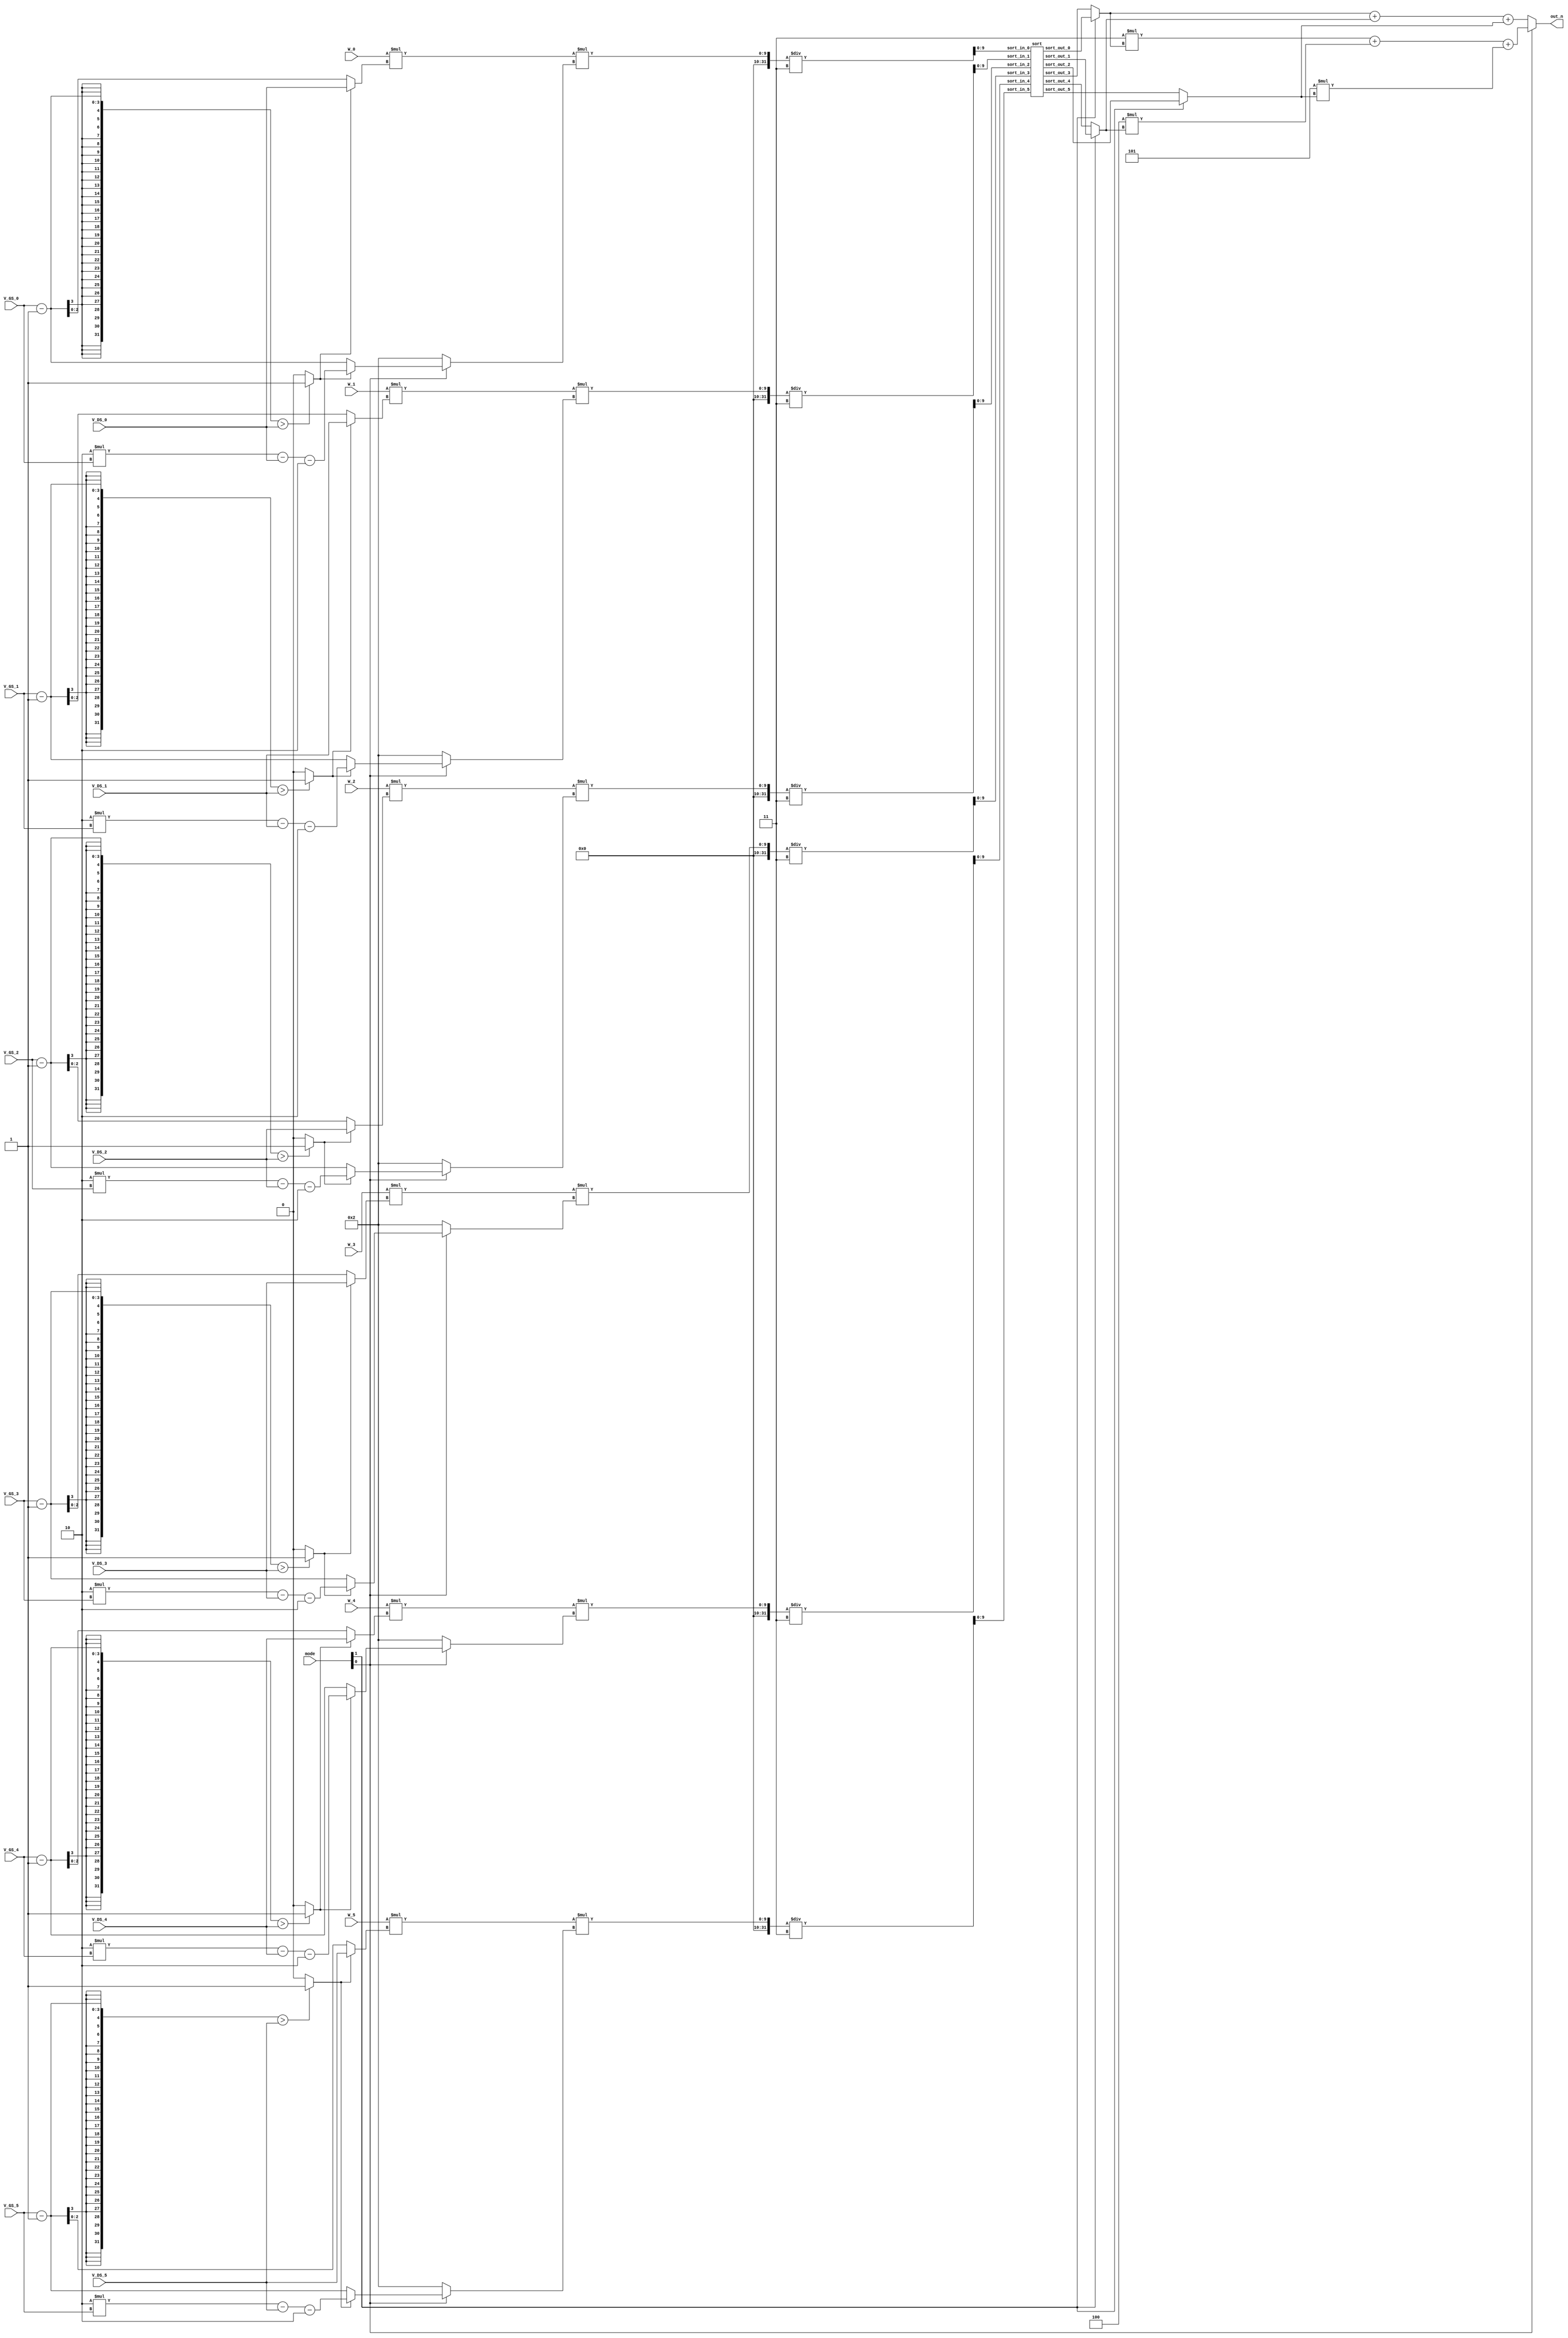
`timescale 1ns / 1ps

module SMC(
    input [1:0] mode,
    input [2:0] W_0, V_GS_0, V_DS_0,
    input [2:0] W_1, V_GS_1, V_DS_1,
    input [2:0] W_2, V_GS_2, V_DS_2,
    input [2:0] W_3, V_GS_3, V_DS_3,
    input [2:0] W_4, V_GS_4, V_DS_4,
    input [2:0] W_5, V_GS_5, V_DS_5,

    output [9:0] out_n
);

    //wire [9:0] unsorted_id [5:0];
    //wire [9:0] unsorted_gm [5:0];
    
    wire [9:0] sort_in [5:0];
    
    wire [9:0] sorted [5:0];
    wire [9:0] out_elements [2:0];
	
	wire [2:0] W [0:5];
	assign W[0] = W_0;
	assign W[1] = W_1;
	assign W[2] = W_2;
	assign W[3] = W_3;
	assign W[4] = W_4;
	assign W[5] = W_5;
	
	wire [2:0] V_GS [0:5];
	assign V_GS[0] = V_GS_0;
	assign V_GS[1] = V_GS_1;
	assign V_GS[2] = V_GS_2;
	assign V_GS[3] = V_GS_3;
	assign V_GS[4] = V_GS_4;
	assign V_GS[5] = V_GS_5;
	
	wire [2:0] V_DS [0:5];
	assign V_DS[0] = V_DS_0;
	assign V_DS[1] = V_DS_1;
	assign V_DS[2] = V_DS_2;
	assign V_DS[3] = V_DS_3;
	assign V_DS[4] = V_DS_4;
	assign V_DS[5] = V_DS_5;
	
	wire [5:0] is_Triode;
	//wire [2:0] gm_op1 [5:0];
	wire [2:0] shared_op [5:0];
	wire [3:0] id_op [5:0];
	
	//wire [2:0] op1 [5:0];
	//wire [2:0] op2 [5:0];
	wire [3:0] op3 [5:0];
	genvar idx;
    
	generate
		for( idx=0 ; idx<6 ; idx=idx+1 ) begin
			assign is_Triode[idx] = (V_GS[idx]-1 > V_DS[idx]) ? 1'b1 : 1'b0;
		end
	endgenerate
	
	generate
		for( idx=0 ; idx<6 ; idx=idx+1 ) begin
			assign shared_op[idx] = is_Triode[idx] ? V_DS[idx] : V_GS[idx]-1; // gm and id share V_DS*W and W*(V_GS-1)
			assign id_op[idx] = is_Triode[idx] ? (2*V_GS[idx]-V_DS[idx]-2) : V_GS[idx]-1;
		end
	endgenerate
	
	generate
		for( idx=0 ; idx<6 ; idx=idx+1 ) begin
			assign op3[idx] = mode[0] ? id_op[idx]: 2'd2;
		end
	endgenerate
	
	generate
		for( idx=0 ; idx<6 ; idx=idx+1 ) begin
			assign sort_in[idx] = W[idx] * shared_op[idx] * op3[idx] / 3;
		end
	endgenerate

    
    sort SORT (
        .sort_in_0(sort_in[0]), 
        .sort_in_1(sort_in[1]), 
        .sort_in_2(sort_in[2]), 
        .sort_in_3(sort_in[3]), 
        .sort_in_4(sort_in[4]), 
        .sort_in_5(sort_in[5]),
        .sort_out_0(sorted[0]),
        .sort_out_1(sorted[1]), 
        .sort_out_2(sorted[2]), 
        .sort_out_3(sorted[3]), 
        .sort_out_4(sorted[4]), 
        .sort_out_5(sorted[5])
    );
    
    assign out_elements[0] = mode[1] ? sorted[0] : sorted[3];
    assign out_elements[1] = mode[1] ? sorted[1] : sorted[4];
    assign out_elements[2] = mode[1] ? sorted[2] : sorted[5];
    
    assign out_n = mode[0] ? 3*out_elements[0] + 4*out_elements[1] + 5*out_elements[2] : out_elements[0] + out_elements[1] + out_elements[2];

endmodule

module sort(
    input [9:0] sort_in_0, sort_in_1, sort_in_2, sort_in_3, sort_in_4, sort_in_5,
    output [9:0] sort_out_0, sort_out_1, sort_out_2, sort_out_3, sort_out_4, sort_out_5
);
    wire [9:0] a[1:0], b[2:0], c[1:0], d[2:0], e[3:0], f[1:0];
    // a for the larger in a pair, b for the smaller
    assign a[0] = sort_in_0 >= sort_in_1 ? sort_in_0 : sort_in_1;
    assign a[1] = sort_in_0 >= sort_in_1 ? sort_in_1 : sort_in_0;
    
    assign b[0] = sort_in_2 >= a[0] ? sort_in_2 : a[0];
    assign b[1] = sort_in_2 >= a[0] ? a[0] : sort_in_2 >= a[1] ? sort_in_2 : a[1];
    assign b[2] = sort_in_2 < a[1] ? sort_in_2 : a[1];
    
    assign c[0] = sort_in_3 >= sort_in_4 ? sort_in_3 : sort_in_4;
    assign c[1] = sort_in_3 >= sort_in_4 ? sort_in_4 : sort_in_3;
    
    assign d[0] = sort_in_5 >= c[0] ? sort_in_5 : c[0];
    assign d[1] = sort_in_5 >= c[0] ? c[0] : sort_in_5 >= c[1] ? sort_in_5 : c[1];
    assign d[2] = sort_in_5 < c[1] ? sort_in_5 : c[1];
    
    assign sort_out_0 = d[0] >= b[0] ? d[0] : b[0];
    assign sort_out_5 = d[2] >= b[2] ? b[2] : d[2];
    
    assign e[0] = d[0] >= b[0] ? b[0] : d[0]; //the smaller of the largest two
    assign e[1] = d[1] >= b[1] ? d[1] : b[1]; //the larger of the middle two
    assign e[2] = d[1] >= b[1] ? b[1] : d[1]; //the smaller of the middle two
    assign e[3] = d[2] >= b[2] ? d[2] : b[2]; //the larger of the smallest two
    
    assign sort_out_1 = e[0] >= e[1] ? e[0] : e[1];
    assign sort_out_4 = e[3] < e[2]  ? e[3] : e[2];
    
    assign f[0] = e[0] >= e[1] ? e[1] : e[0]; 
    assign f[1] = e[3] < e[2]  ? e[2] : e[3]; //the remaining two still need to be compared
    
    assign sort_out_2 = f[0] >= f[1] ? f[0] : f[1];
    assign sort_out_3 = f[0] >= f[1] ? f[1] : f[0];

endmodule